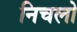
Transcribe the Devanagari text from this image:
निचलो